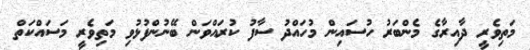
މަތިވެރީ ދާއިރާގެ މެންބަރު ހުސައިން މުހައްދު ސާފު ކުރައްވަން ބޭނުންފުޅުވި މަތިވެރީ މަސައްކަތް